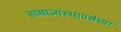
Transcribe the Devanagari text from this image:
साम्राज्यस्थापनेच्या